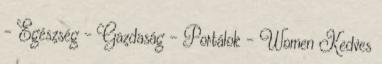
- Egészség - Gazdaság - Portálok - Women Kedves